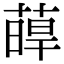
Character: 𦸋